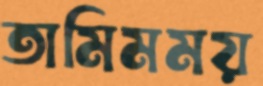
তামিমময়